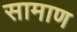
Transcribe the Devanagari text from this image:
सामाण